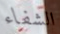
الشفاء